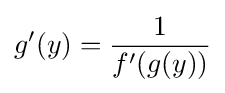
g'(y)={\frac {1}{f'(g(y))}}